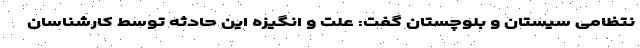
نتظامی سیستان و بلوچستان گفت: علت و انگیزه این حادثه توسط کارشناسان